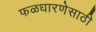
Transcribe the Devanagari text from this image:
फळधारणेसाठी